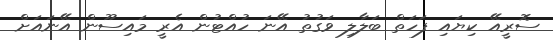
ސޮރީއޭ ކިޔައި ފަހަތް ބަލާލި ވަގުތު އޭނަ ހުއްޓުން އެރީ މައިސޫން އޭނައަށް